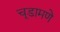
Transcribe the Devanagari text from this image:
चूडामणे